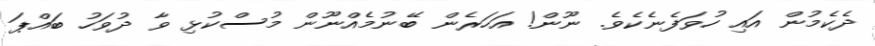
ދެކެމުން އައި ހުވަފެނެކެވެ. ނޫން! އަހަރެން ބޭނުމެއްނޫން މުސްކުޅި ވާ ދުވަހު ބައްޕަ